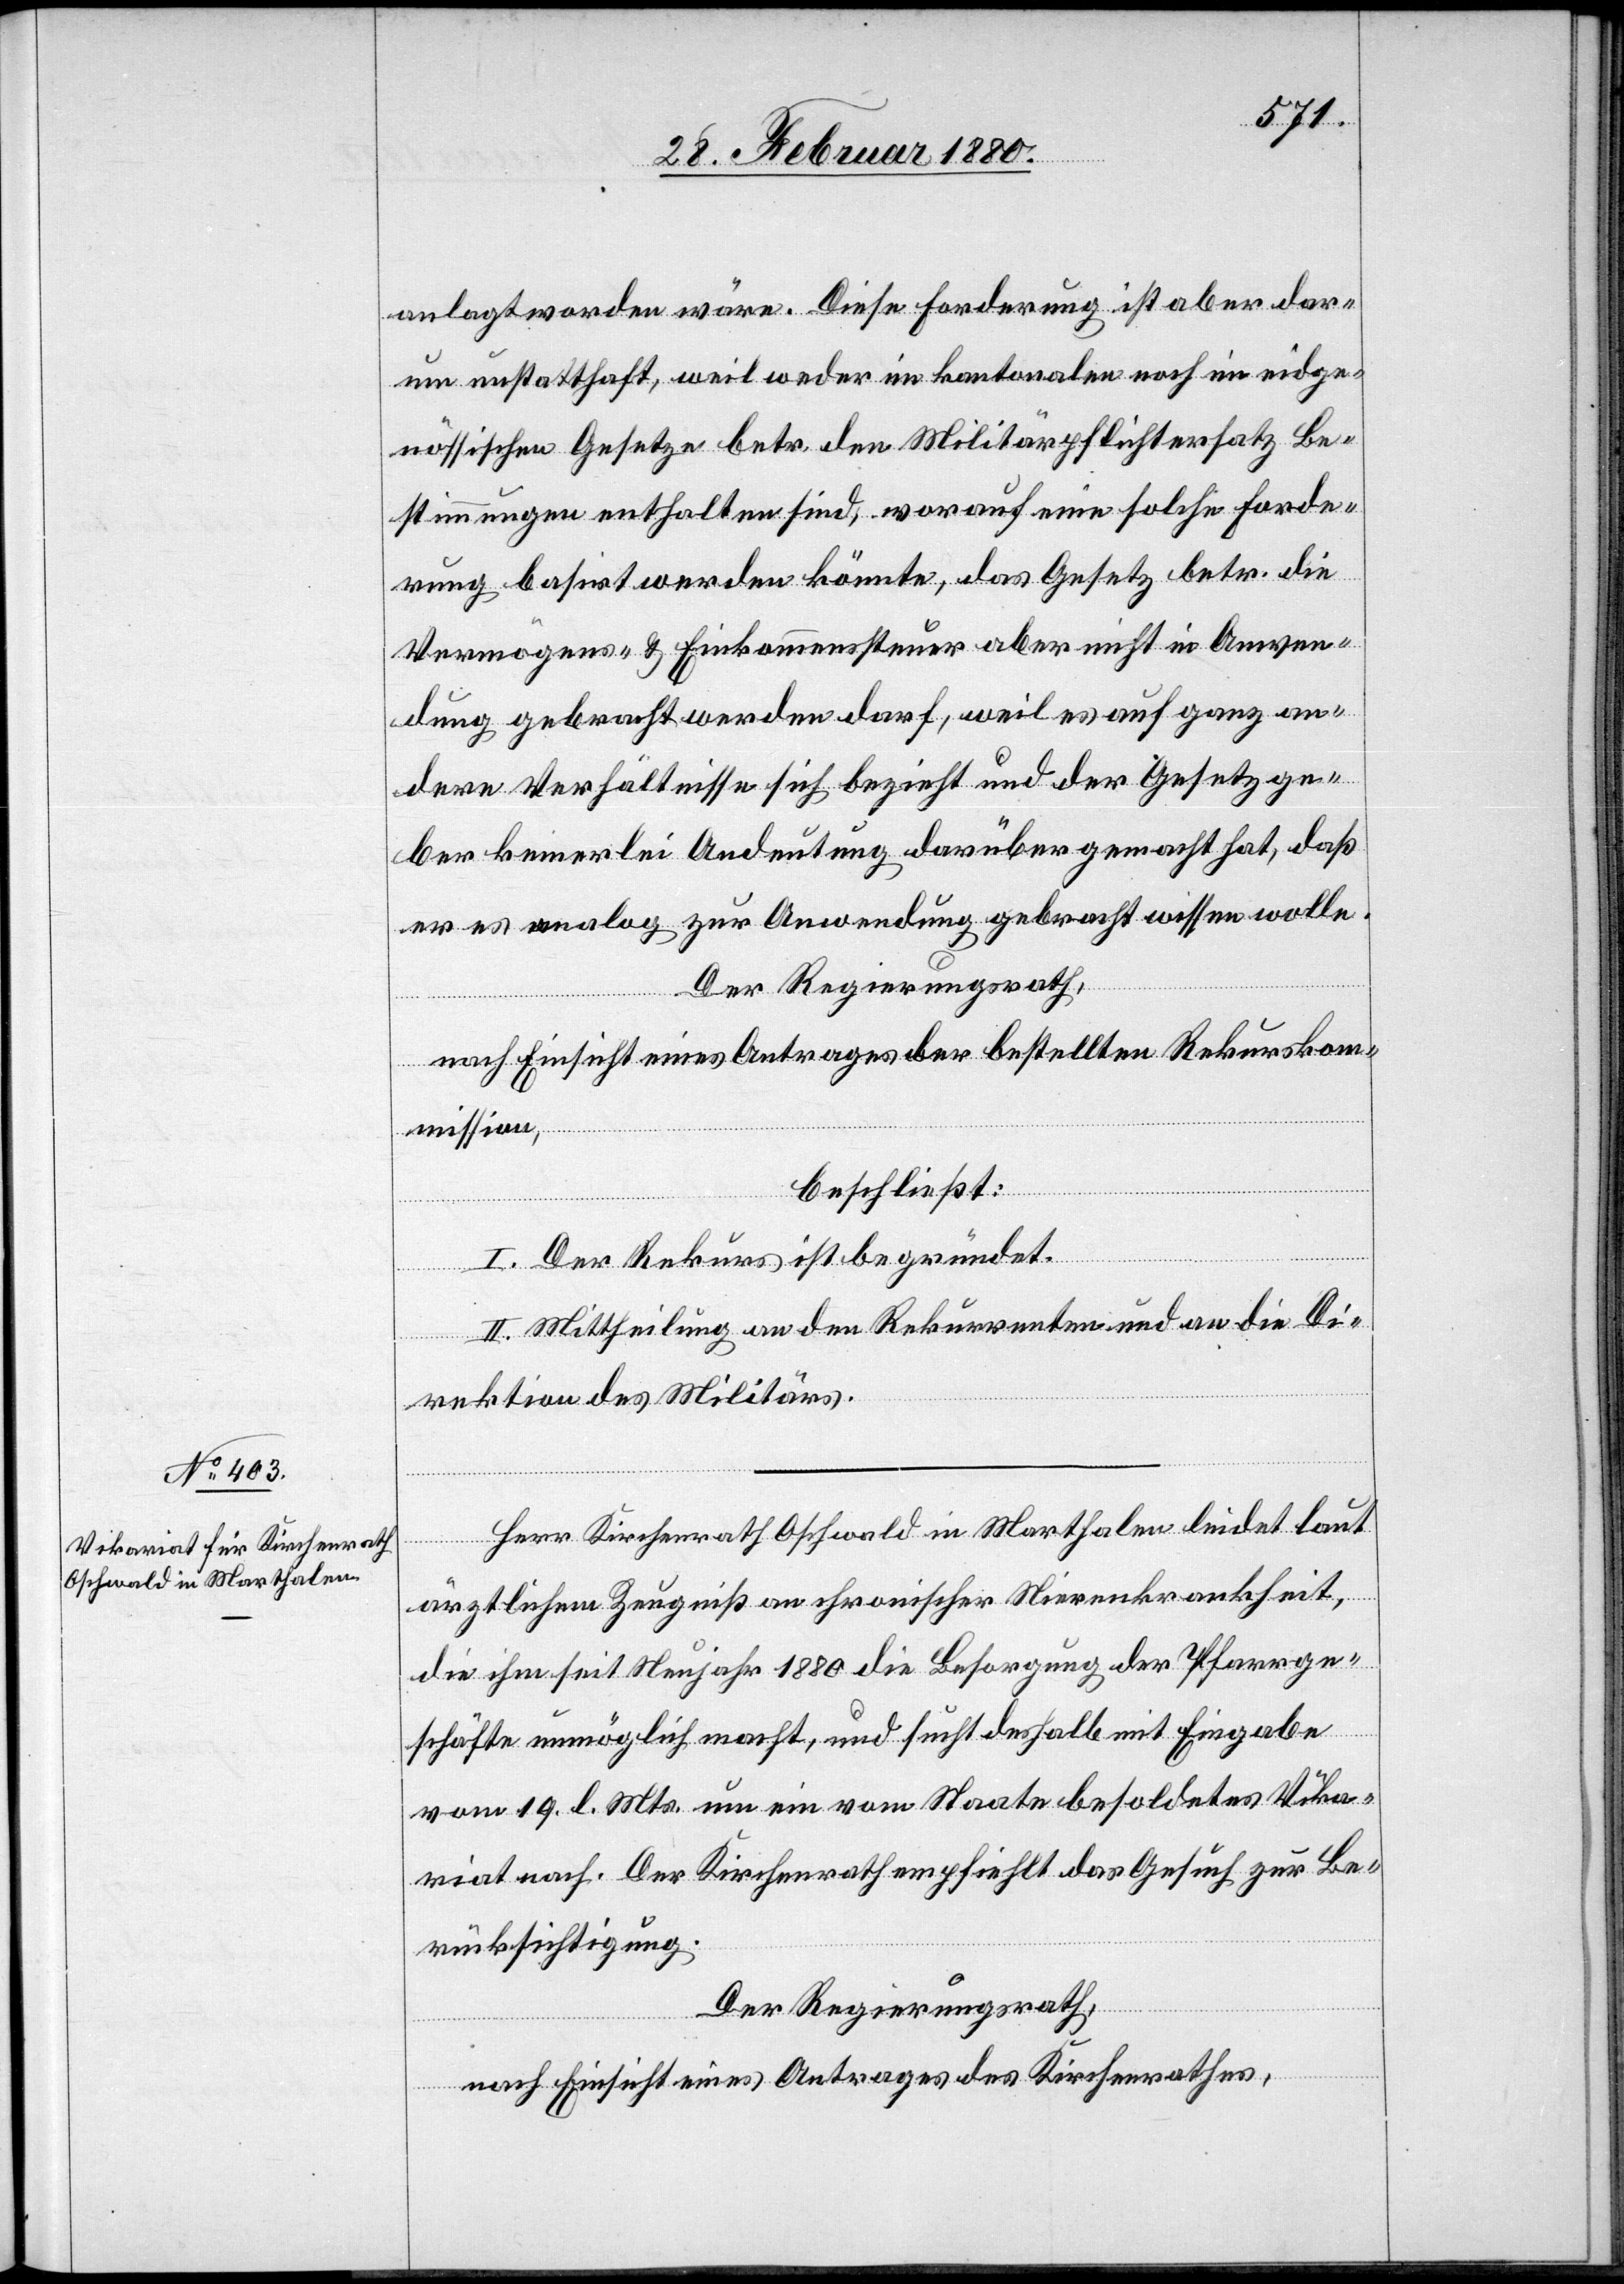
anlagt worden wäre. Diese Forderung ist aber dar¬
um unstatthaft, weil weder im kantonalen noch im eidge¬
nössischen Gesetze betr. den Militärpflichtersatz Be¬
stimmungen enthalten sind, worauf eine solche Forde¬
rung basirt werden könnte, das Gesetz betr. die
Vermögens- & Einkommenssteuer aber nicht in Anwen¬
dung gebracht werden darf, weil es auf ganz an¬
dere Verhältnisse sich bezieht und der Gesetzge¬
ber keinerlei Andeutung darüber gemacht hat, daß
er es analog zur Anwendung gebracht wissen wolle.
Der Regierungsrath,
nach Einsicht eines Antrages der bestellten Rekurskom¬
mission,
beschließt:
I. Der Rekurs ist begründet.
II. Mittheilung an den Rekurrenten und an die Di¬
rektion des Militärs.
Herr Kirchenrath Oschwald in Marthalen leidet laut
ärztlichem Zeugniß an chronischer Nierenkrankheit,
die ihm seit Neujahr 1880 die Besorgung der Pfarrge¬
schäfte unmöglich macht, und sucht deshalb mit Eingabe
vom 19. gl. Mts. um ein vom Staate besoldetes Vika¬
riat nach. Der Kirchenrath empfiehlt das Gesuch zur Be¬
rücksichtigung.
Der Regierungsrath,
nach Einsicht eines Antrages des Kirchenrathes,